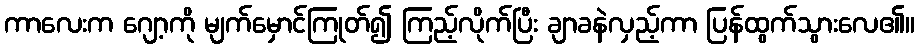
ကာလေးက ဂျော့ကို မျက်မှောင်ကြုတ်၍ ကြည့်လိုက်ပြီး ချာခနဲလှည့်ကာ ပြန်ထွက်သွားလေ၏။